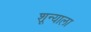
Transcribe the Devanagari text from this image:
शून्याला